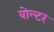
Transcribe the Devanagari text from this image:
वोल्टर